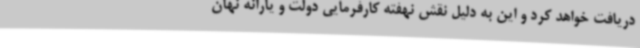
دریافت خواهد کرد و این به دلیل نقش نهفته کارفرمایی دولت و یارانه نهان